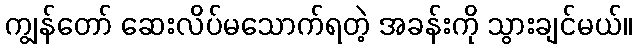
ကျွန်တော် ဆေးလိပ်မသောက်ရတဲ့ အခန်းကို သွားချင်မယ်။